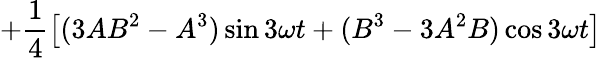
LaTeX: +\frac{1}{4}\big[(3AB^{2}-A^{3})\sin{3\omega t}+(B^{3}-3A^{2}B)\cos{3\omega t}\big]